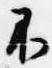
不